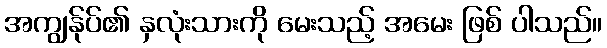
အကျွန်ုပ်၏ နှလုံးသားကို မေးသည့် အမေး ဖြစ် ပါသည်။